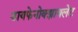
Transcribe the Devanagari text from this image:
डायफेनोक्झायलेट